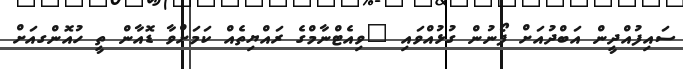
ސައިފުއްދީން އަބްދުއަށް ފޯނުން ގުޅުއްވައި "ވިއެޓްނާމްގެ ރައްޔިތެއް ކަމަށްވާ ޑޮއާން ތީ ހުއޮންގއަށް